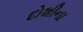
દોશીના